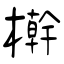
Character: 檊